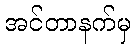
အင်တာနက်မှ